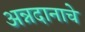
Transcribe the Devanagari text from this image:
अन्नदानाचे